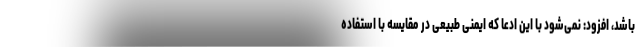
باشد، افزود: نمی‌شود با این ادعا که ایمنی طبیعی در مقایسه با استفاده